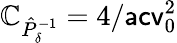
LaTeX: \mathbb{C}_{\hat{{P}}_{\delta}^{-1}}=4/\mathsf{{acv}}_{0}^{2}